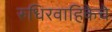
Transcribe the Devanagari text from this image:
रुधिरवाहिकेचे